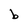
Character: b